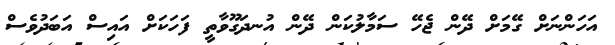
އަހަންނަށް ގޭމަށް ދޭން ޖެހޭ ސަމާލުކަން ދޭން އުނދަގޫވާތީ ފަހަކަށް އައިސް އަބަދުވެސް